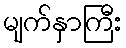
မျက်နှာကြီး